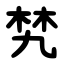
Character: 㭝